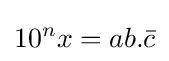
10^{n}x=ab.{\bar {c}}